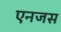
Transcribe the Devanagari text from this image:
एनजस